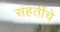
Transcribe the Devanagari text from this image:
संहतींचे